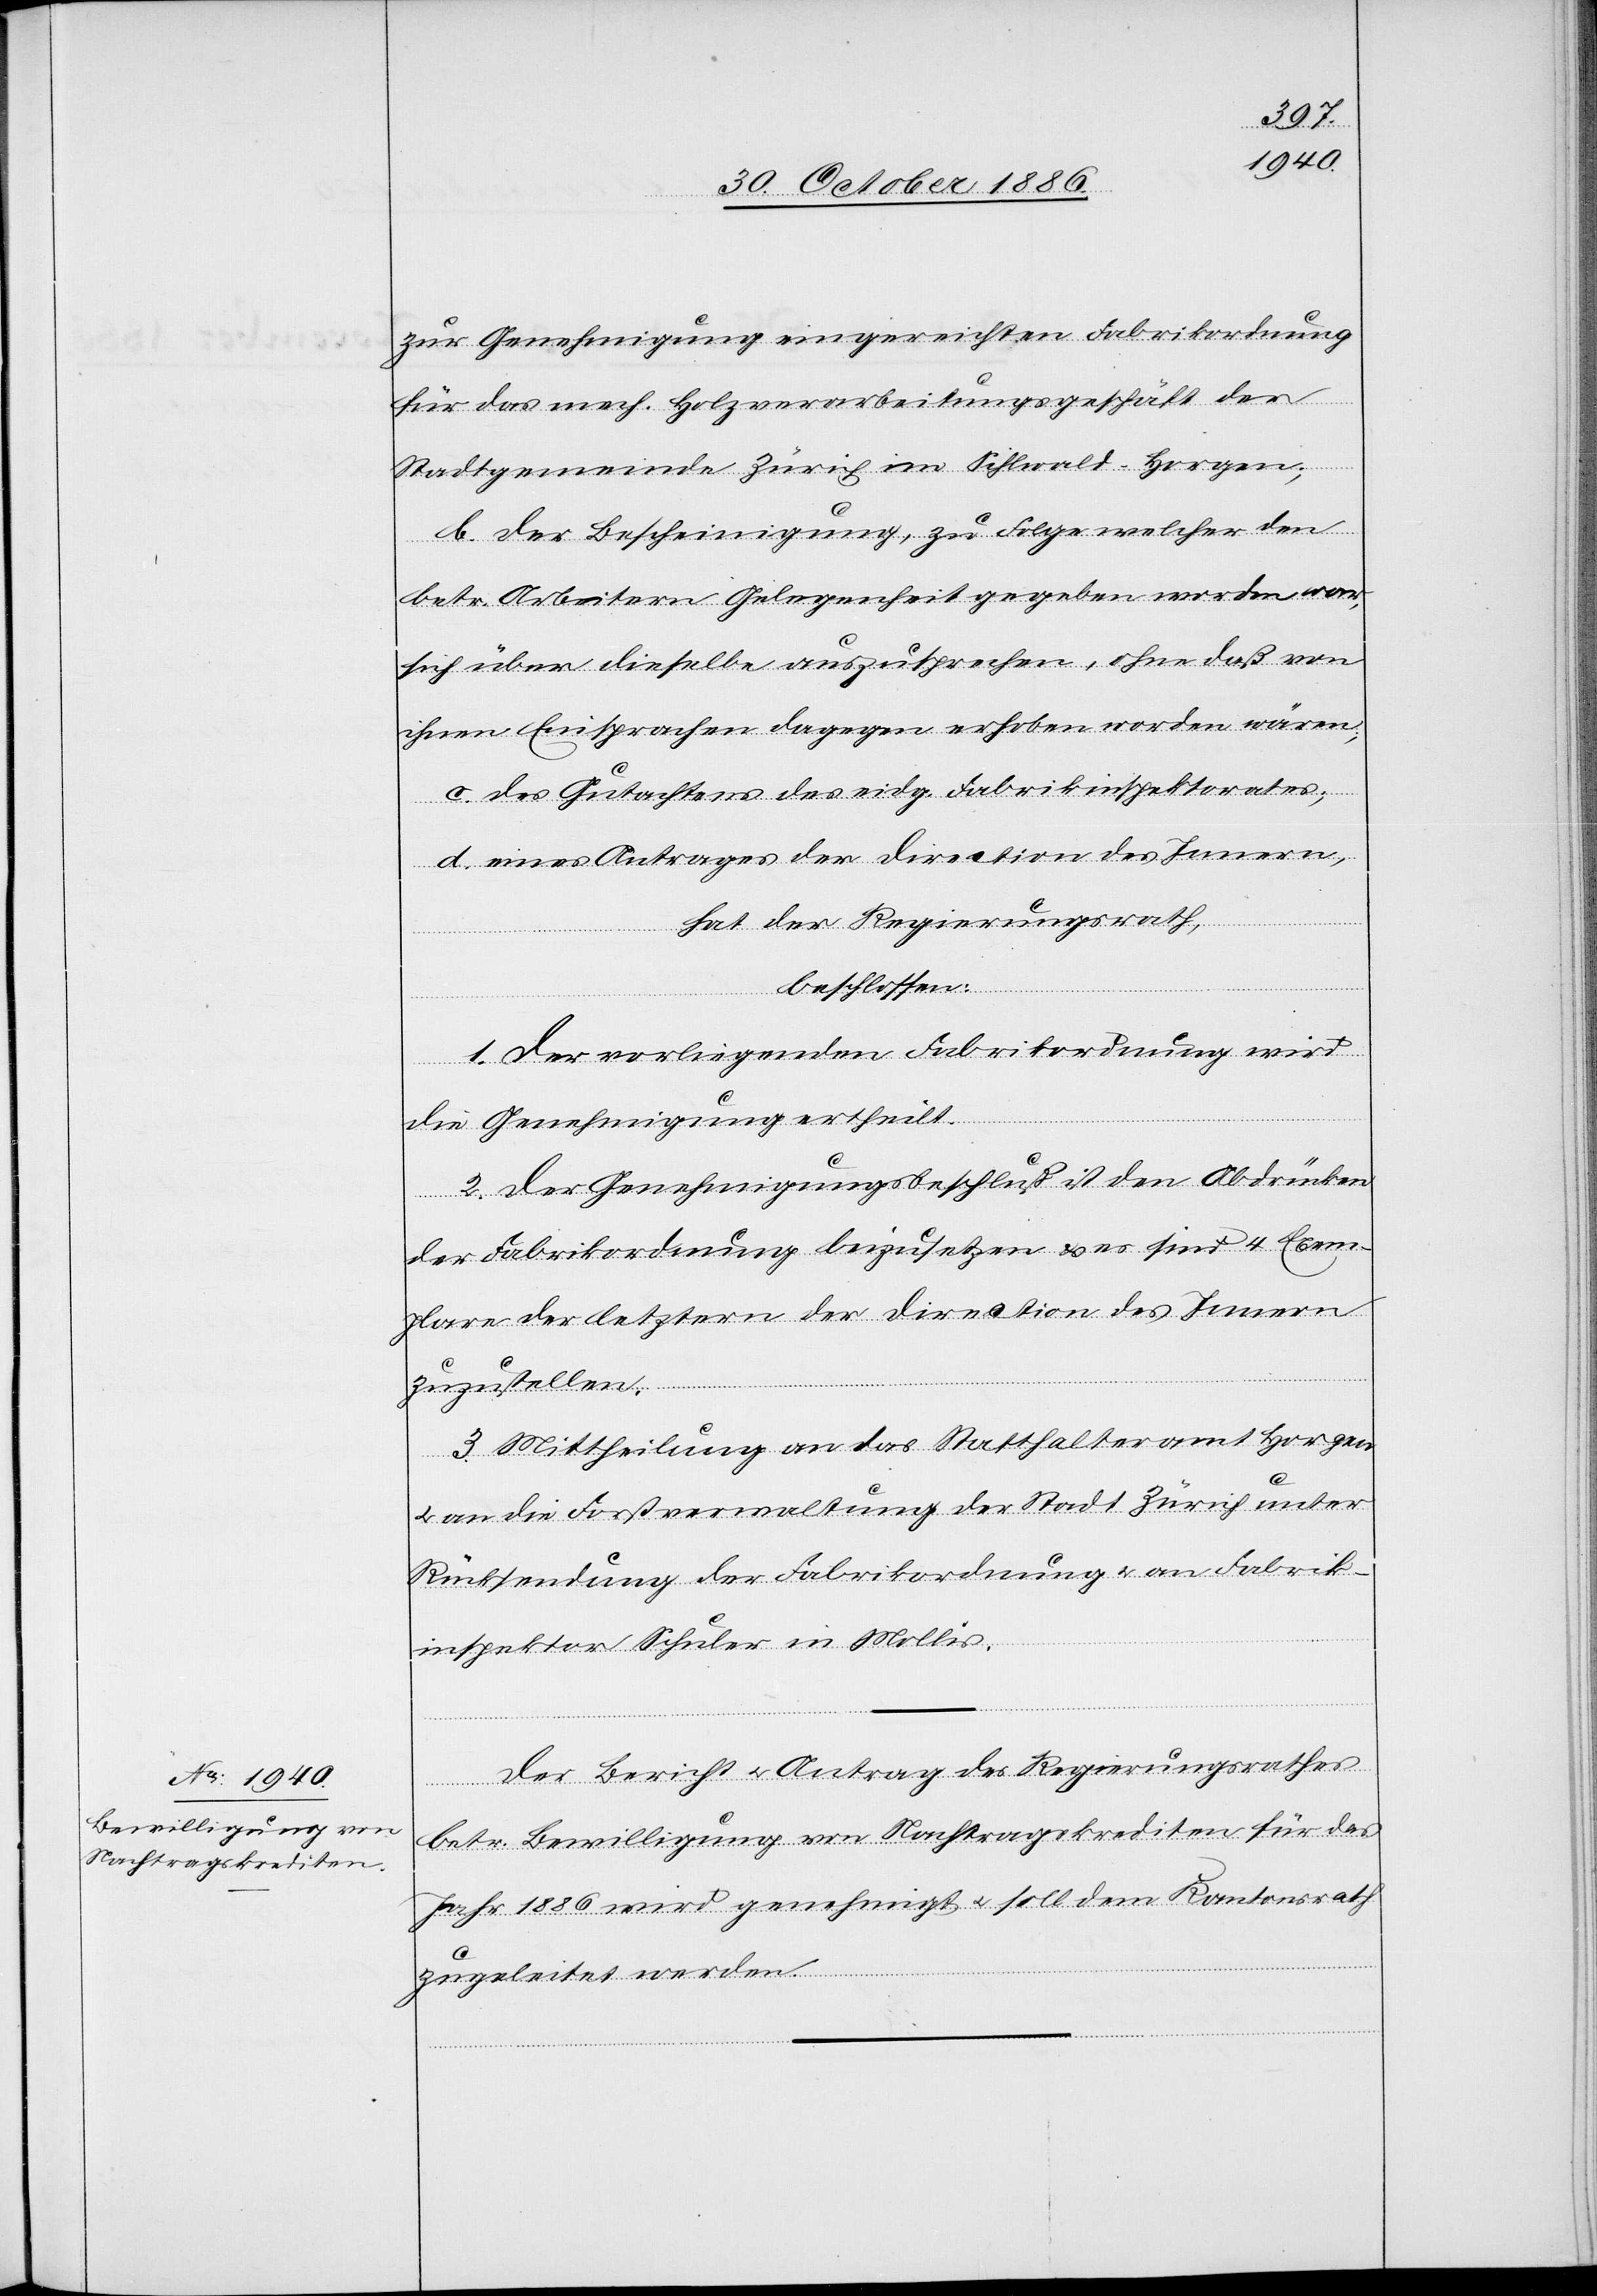
zur Genehmigung eingereichten Fabrikordnung
für das mech. Holzverarbeitungsgeschäft der
Stadtgemeinde Zürich im Sihlwald - Horgen;
b. der Bescheinigung, zu Folge welcher den
betr. Arbeitern Gelegenheit gegeben worden war,
sich über dieselbe auszusprechen, ohne daß von
ihnen Einsprachen dagegen erhoben worden wären;
c. des Gutachtens des eidg. Fabrikinspektorates;
d. eines Antrages der Direction des Innern,
hat der Regierungsrath,
beschlossen:
1. Der vorliegenden Fabrikordnung wird
die Genehmigung ertheilt.
2. Der Genehmigungsbeschluß ist den Abdrücken
der Fabrikordnung beizusetzen & es sind 4 Exem¬
plare der letztern der Direction des Innern
zuzustellen.
3. Mittheilung an das Statthalteramt Horgen
an die Forstverwaltung der Stadt Zürich unter
Rücksendung der Fabrikordnung & an Fabrik¬
inspektor Schuler in Mollis.
Der Bericht & Antrag des Regierungsrathes
betr. Bewilligung von Nachtragskrediten für das
Jahr 1886 wird genehmigt & soll dem Kantonsrath
zugeleitet werden.